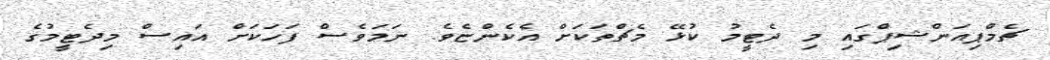
ޗެމްޕިއަންޝިޕްގައި މި ދެޓީމު ކުޅޭ މެޗްތަކަށް އެކެންޏެވެ. ނަމަވެސް ފަހަކަށް އައިސް މިދެޓީމުގެ